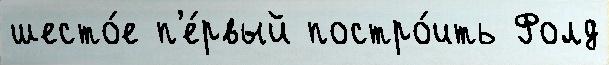
шесто́е п'е́рвый постро́ить Фолд